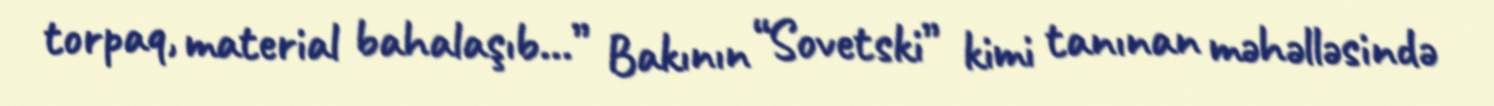
torpaq, material bahalaşıb...” Bakının “Sovetski” kimi tanınan məhəlləsində